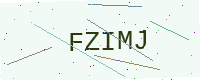
Text: FZIMJ